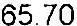
65.70